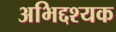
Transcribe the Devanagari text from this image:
अभिद्दश्यक